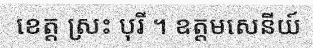
ខេត្ត ស្រះ បុរី ។ ឧត្តមសេនីយ៍